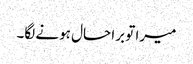
میرا تو برا حال ہونے لگا۔